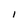
Character: I